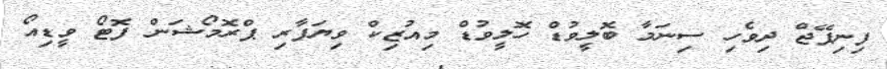
ފިނިޕޭޖް ދިވެހި ސިނަމާ ބޮލީވުޑް ހޮލީވުޑް މިއުޒިކް ވިޔަފާރި ޕްރޮމޯޝަން ފޮޓޯ ވީޑިއޯ